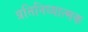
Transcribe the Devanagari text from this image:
प्रतिनिध्यात्मक